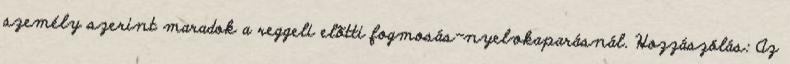
személy szerint maradok a reggeli elõtti fogmosás-nyelvkaparásnál. Hozzászólás: Az